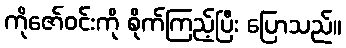
ကိုဇော်ဝင်းကို စိုက်ကြည့်ပြီး ပြောသည်။